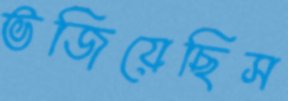
ভজিয়েছিস